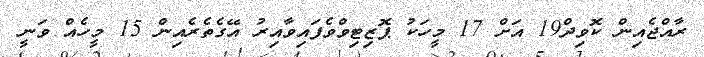
ރާއްޖެއިން ކޮވިދް19 އަށް 17 މީހަކު ޕޮޒިޓިވްވެފައިވާއިރު އޭގެތެރެއިން 15 މީހެއް ވަނީ